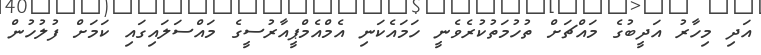
އަދި މިހާރު އަދީބުގެ މައްޗަށް ތުހުމަތުކުރެވެނީ ހަމައެކަނި އެމްއެމްޕީއާރުސީގެ މައްސަލައިގައި ކަމަށް ފުލުހުން